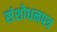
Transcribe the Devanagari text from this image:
संशोधनपत्र